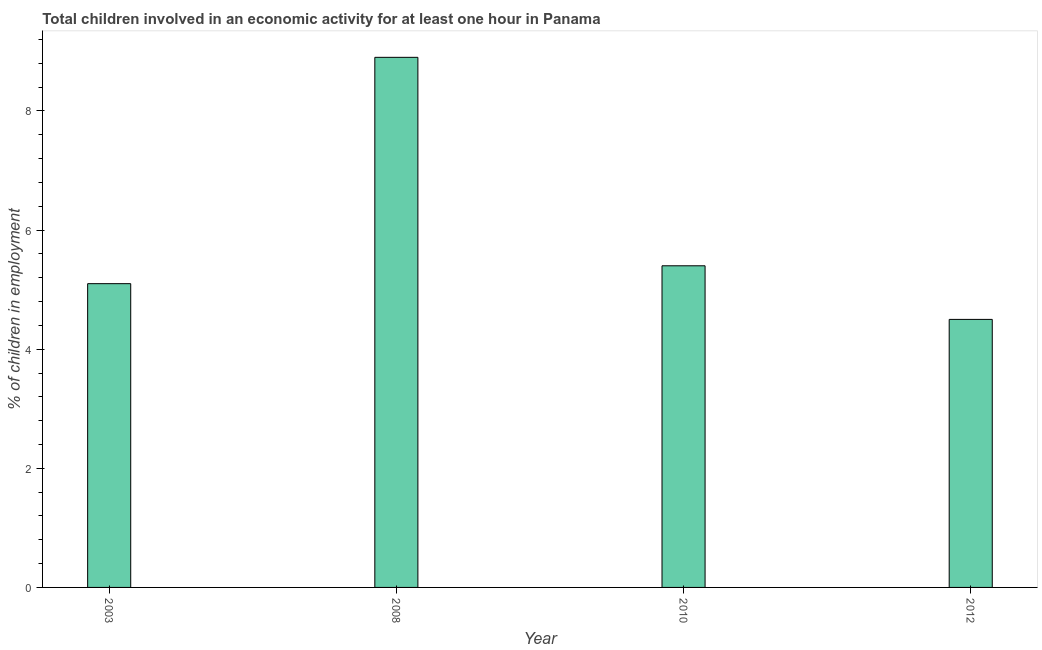
| Year | Children in employment |
 | --- | --- |
 | 2003 | 5.1 |
 | 2008 | 8.9 |
 | 2010 | 5.4 |
 | 2012 | 4.5 |